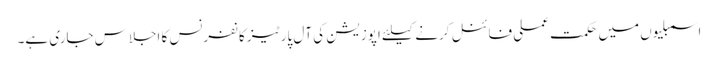
اسمبلیوں میں حکمت عملی فائنل کرنے کیلئے اپوزیشن کی آل پارٹیز کانفرنس کا اجلاس جاری ہے۔